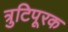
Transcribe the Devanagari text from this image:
त्रुटिपूरक